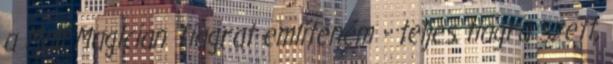
a Mali Magician Tiagrat említeném - teljes tiagra szett,